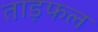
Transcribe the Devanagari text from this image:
ताड़फल